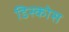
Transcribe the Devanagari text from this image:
डिस्कोस